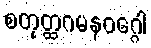
စတုတ္ထဂမနဝဂ္ဂေါ